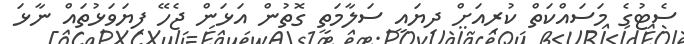
ސެޓުގެ މަސައްކަތް ކުރިއަށް ދިޔައީ ސަލާމަތީ ގޮތުން އަޅަން ޖެހޭ ފިޔަވަޅުތައް ނާޅަ